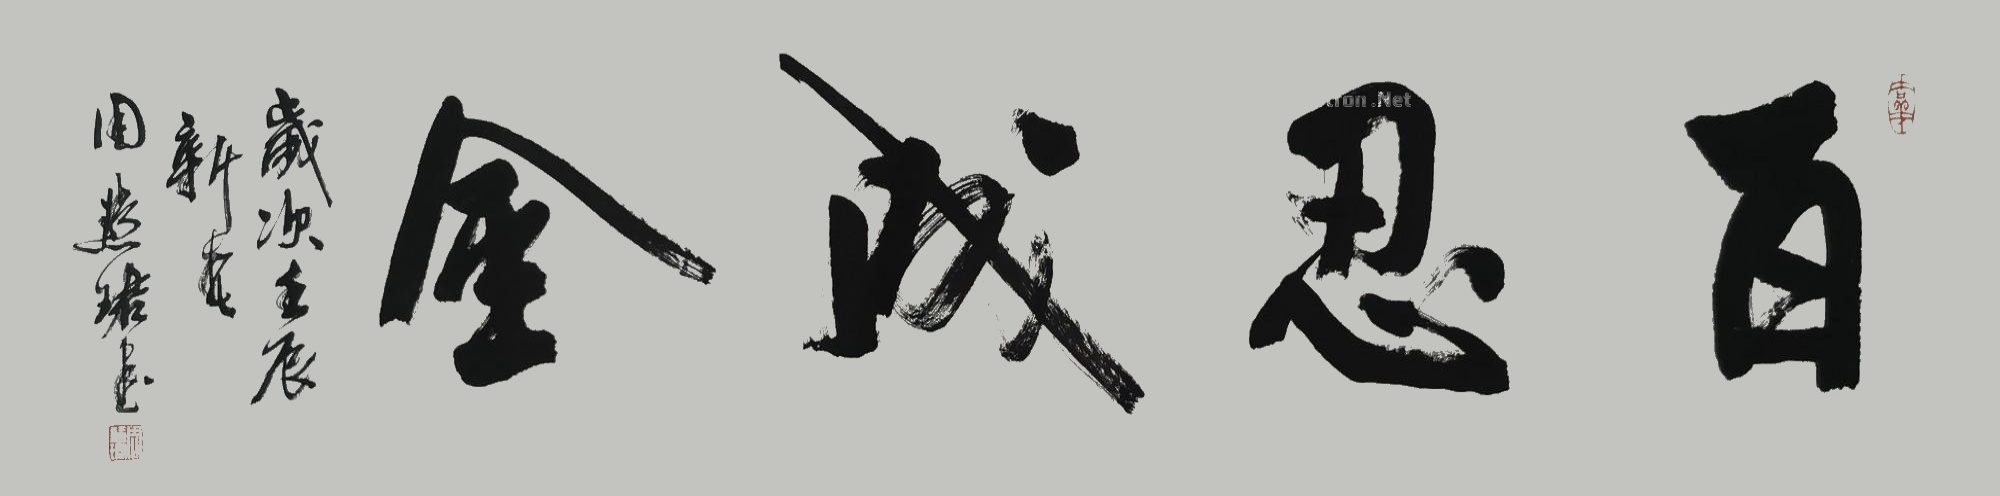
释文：百忍成金岁次壬辰新春周慧珺书